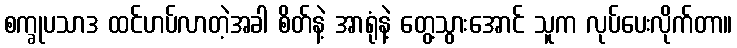
စက္ခုပသာဒ ထင်ဟပ်လာတဲ့အခါ စိတ်နဲ့ အာရုံနဲ့ တွေ့သွားအောင် သူက လုပ်ပေးလိုက်တာ။